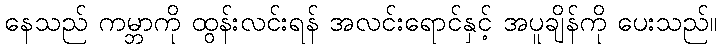
နေသည် ကမ္ဘာကို ထွန်းလင်းရန် အလင်းရောင်နှင့် အပူချိန်ကို ပေးသည်။